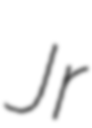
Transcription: Jr